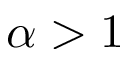
\alpha > 1